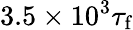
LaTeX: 3.5\times 10^{3}\tau_{\textrm{f}}